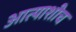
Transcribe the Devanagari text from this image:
आत्याशीच